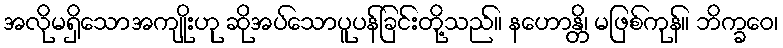
အလိုမရှိသောအကျိုးဟု ဆိုအပ်သောပူပန်ခြင်းတို့သည်။ နဟောန္တိ၊ မဖြစ်ကုန်။ ဘိက္ခဝေ၊